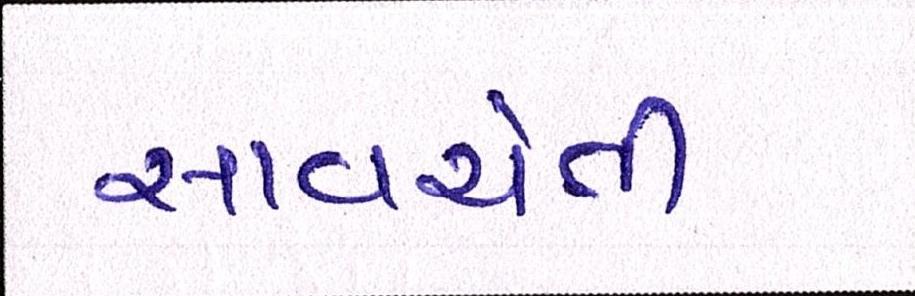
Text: સાવચેતી